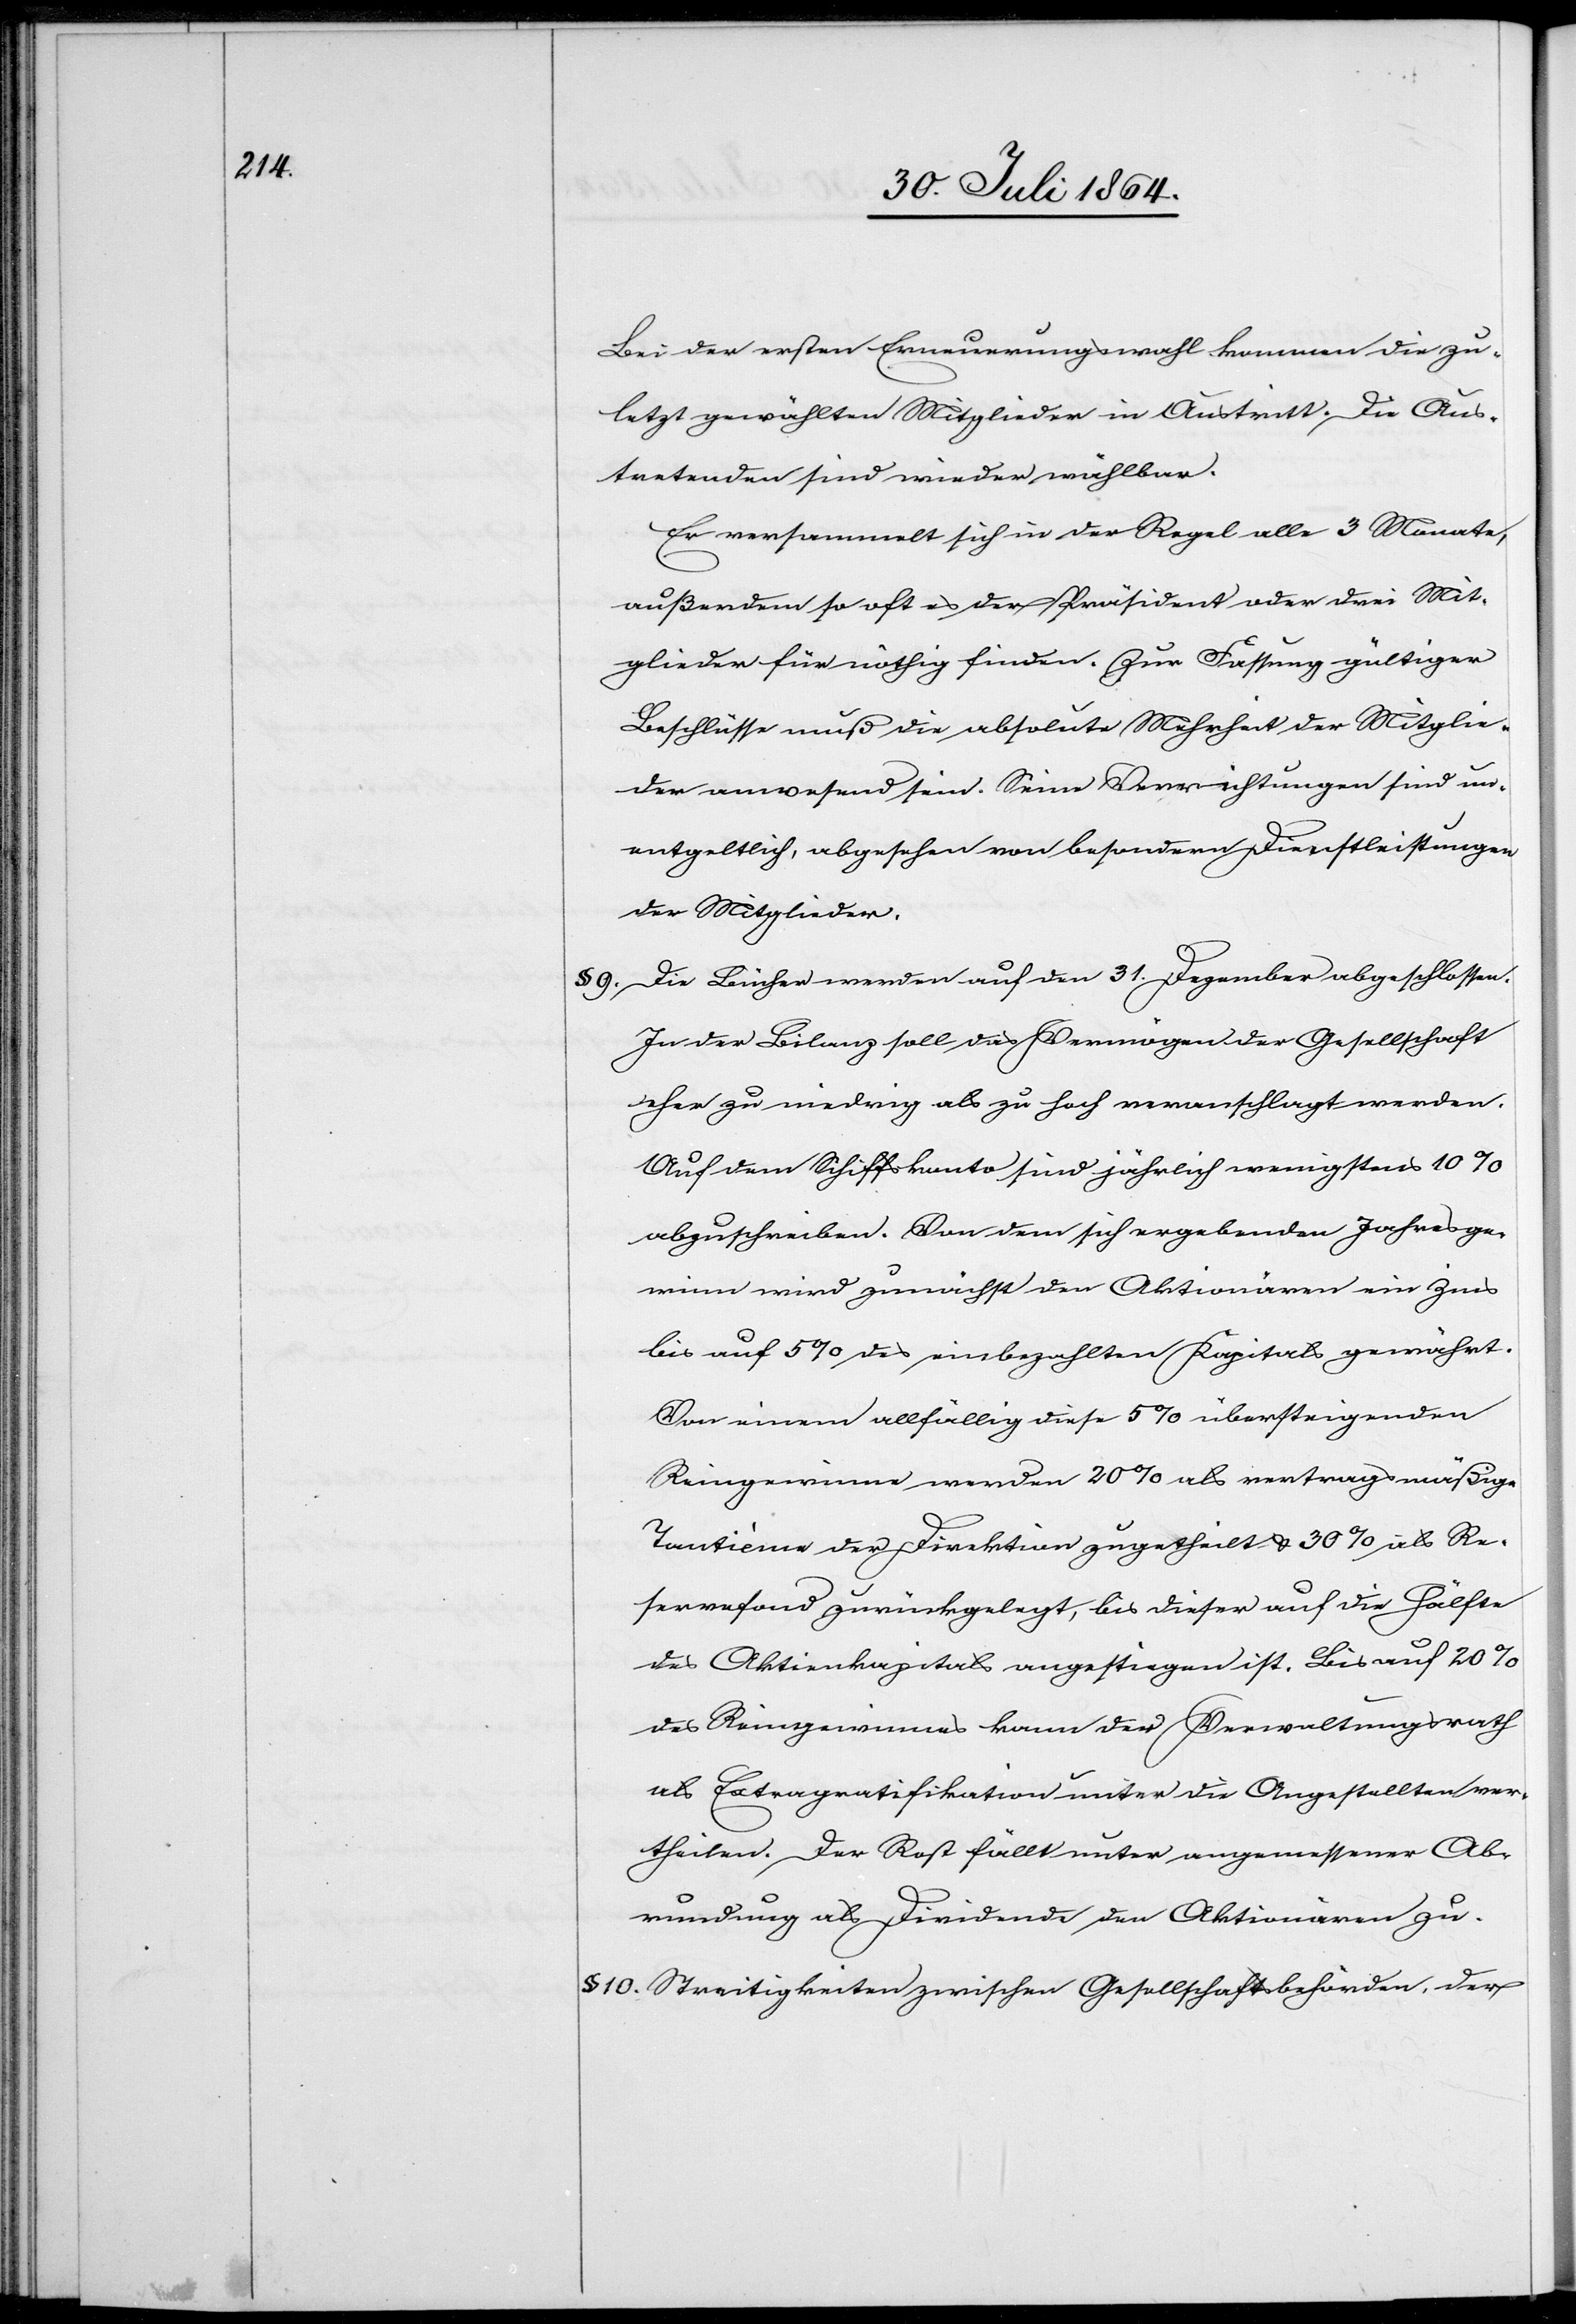
Bei der ersten Erneuerungswahl kommen die zu¬
letzt gewählten Mitglieder in Austritt. Die Aus¬
tretenden sind wieder wählbar.
Er versammelt sich in der Regel alle 3 Monate,
außerdem so oft es der Präsident oder drei Mit¬
glieder für nöthig finden. Zur Fassung gültiger
Beschlüsse muß die absolute Mehrheit der Mitglie¬
der anwesend sein. Seine Verrichtungen sind un¬
entgeltlich, abgesehen von besonderen Dienstleistungen
der Mitglieder.
§ 9.	Die Bücher werden auf den 31. Dezember abgeschlossen.
In der Leitung soll das Vermögen der Gesellschaft
eher zu niedrig als zu hoch veranschlagt werden.
Auf dem Schiffskonto sind jährlich wenigstens 10%
abzuschreiben. Von dem sich ergebenden Jahresge¬
winn wird zunächst den Aktionären ein Zins
bis auf 5% des einbezahlten Kapitals gewährt.
Von einem allfällig diese 5% übersteigenden
Reingewinne werden 20% als vertragsmäßige
Tantieme der Direktion zugetheilt & 30% als Re¬
servefond zurückgelegt, bis dieser auf die Höhe
des Aktienkapitals angestiegen ist. Bis auf 20%
des Reingewinnes kann der Verwaltungsrath
als Ertragratifikation unter den Angestellten ver¬
theilen. Der Rest fällt unter angemessener Ab¬
rundung als Dividende den Aktionären zu.
§ 10.	Streitigkeiten zwischen Gesellschafsbehörden, der